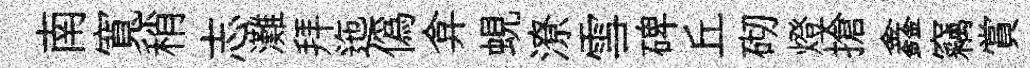
南寬稍志灘拜迤偽弇蜆潦雪碑丘砌燈搶鑫竊賞